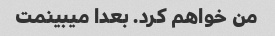
من خواهم کرد. بعدا میبینمت